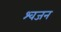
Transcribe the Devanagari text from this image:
श्वजन